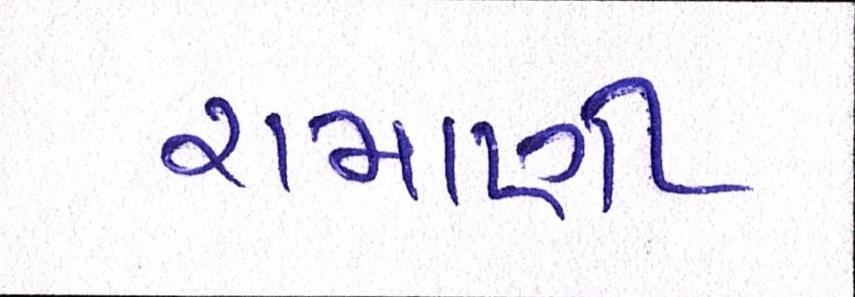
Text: રામાણી